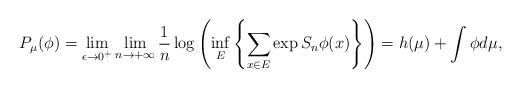
LaTeX: \begin{align*}P_{\mu}(\phi) = \lim_{\epsilon \to 0^+}\lim_{n \to +\infty}\dfrac{1}{n}\log\left(\inf_E\left\{\sum_{x \in E}\exp{S_n\phi(x)}\right\}\right) = h(\mu) + \int\phi{d\mu},\end{align*}